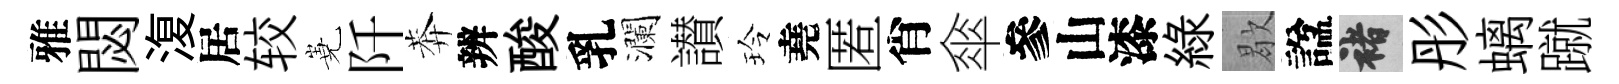
雅閟𣸪居较嶤阡莾辨酸乳瀾讃玲堯匿肖傘參山漆緑歇諡褚彤螭蹴